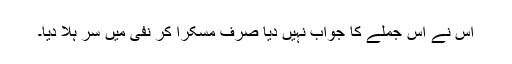
اس نے اس جملے کا جواب نہیں دیا صرف مسکرا کر نفی میں سر ہلا دیا۔